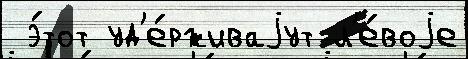
 э́тот уд'е́рживаjут л'е́воjе